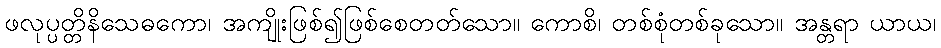
ဖလုပ္ပတ္တိနိသေဓကော၊ အကျိုးဖြစ်၍ဖြစ်စေတတ်သော။ ကောစိ၊ တစ်စုံတစ်ခုသော။ အန္တရာ ယာယ၊